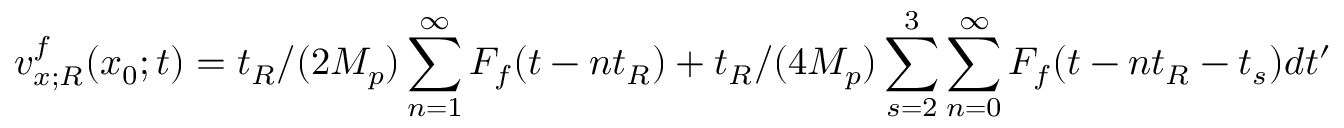
v _ { x ; R } ^ { f } ( x _ { 0 } ; t ) = t _ { R } / ( 2 M _ { p } ) \sum _ { n = 1 } ^ { \infty } F _ { f } ( t - n t _ { R } ) + t _ { R } / ( 4 M _ { p } ) \sum _ { s = 2 } ^ { 3 } \sum _ { n = 0 } ^ { \infty } F _ { f } ( t - n t _ { R } - t _ { s } ) d t ^ { \prime }